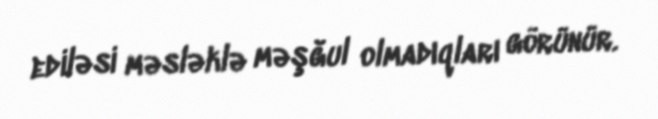
ediləsi məsləklə məşğul olmadıqları görünür.